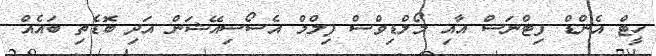
ހީޓް އެންޑް ފިޓްނަސް އާއި މޯލްޑިވްސް ފިލްމް އެސޯސިއޭޝަން އަދި ބޮޑެތި ބައެއް